Indian journal of veterinary science and animal husbandry - Volume 11,
Year: 1941
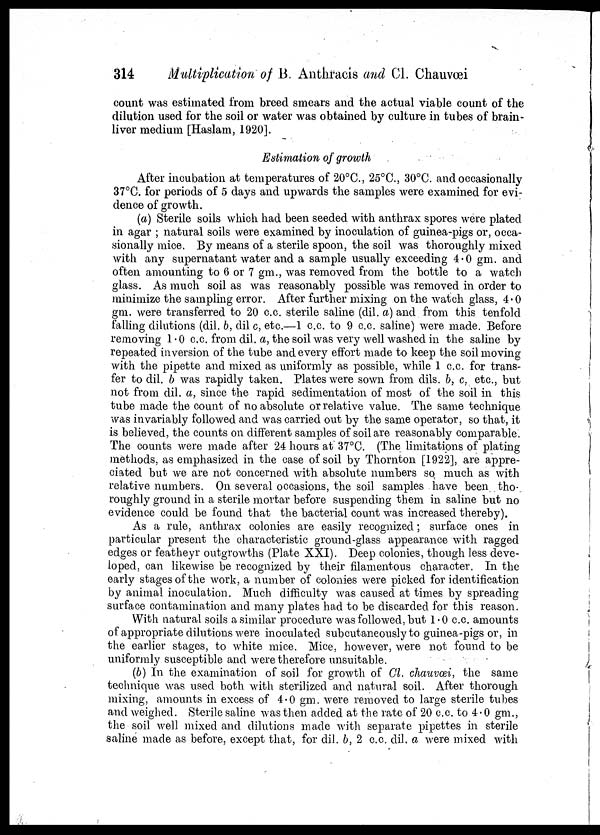
314
Multiplication of B. Anthracis and Cl. Chauvœi
count was estimated from breed smears and the actual viable count of the
dilution used for the soil or water was obtained by culture in tubes of brain¬
liver medium [Haslam, 1920].
Estimation of growth
After incubation at temperatures of 20°C., 25°C. 30°C. and occasionally
37°C. for periods of 5 days and upwards the samples were examined for evi-
dence of growth.
(a) Sterile soils which had been seeded with anthrax spores were plated
in agar ; natural soils were examined by inoculation of guinea-pigs or, occa-
sionally mice. By means of a sterile spoon, the soil was thoroughly mixed
with any supernatant water and a sample usually exceeding 4.0 gm. and
often amounting to 6 or 7 gm., was removed from the bottle to a watch
glass. As much soil as was reasonably possible was removed in order to
minimize the sampling error. After further mixing on the watch glass, 4.0
gm. were transferred to 20 c.c. sterile saline (dil. a) and from this tenfold
falling dilutions (dil. b, dil c, etc.—1 c.c. to 9 c.c. saline) were made. Before
removing 1.0 c.c. from dil. a, the soil was very well washed in the saline by
repeated inversion of the tube and every effort made to keep the soil moving
with the pipette and mixed as uniformly as possible, while 1 c.c. for trans-
fer to dil. b was rapidly taken. Plates were sown from dils. b, c. etc., but
not from dil. a, since the rapid sedimentation of most of the soil in this
tube made the count of no absolute or relative value. The same technique
was invariably followed and was carried out by the same operator, so that, it
is believed, the counts on different samples of soil are reasonably comparable.
The counts were made after 24 hours at 37°C. (The limitations of plating
methods, as emphasized in the case of soil by Thornton [1922], are appre-
ciated but we are not concerned with absolute numbers so much as with
relative numbers. On several occasions, the soil samples have been tho-
roughly ground in a sterile mortar before suspending them in saline but no
evidence could be found that the bacterial count was increased thereby).
As a rule, anthrax colonies are easily recognized; surface ones in
particular present the characteristic ground-glass appearance with ragged
edges or featheyr outgrowths (Plate XXI). Deep colonies, though less deve-
loped, can likewise be recognized by their filamentous character. In the
early stages of the work, a number of colonies were picked for identification
by animal inoculation. Much difficulty was caused at times by spreading
surface contamination and many plates had to be discarded for this reason.
With natural soils a similar procedure was followed, but 1.0 c.c. amounts
of appropriate dilutions were inoculated subcutaneously to guinea-pigs or, in
the earlier stages, to white mice. Mice, however, were not found to be
uniformly susceptible and were therefore unsuitable.
(b) In the examination of soil for growth of Cl. chauvœi, the same
technique was used both with sterilized and natural soil. After thorough
mixing, amounts in excess of 4.0 gm. were removed to large sterile tubes
and weighed. Sterile saline was then added at the rate of 20 c.c. to 4.0 gm.,
the soil well mixed and dilutions made with separate pipettes in sterile
saline made as before, except that, for dil. b, 2 c.c. dil. a were mixed with